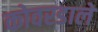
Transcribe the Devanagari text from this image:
कोवरडाले